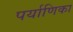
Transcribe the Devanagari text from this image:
पर्याणिका